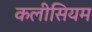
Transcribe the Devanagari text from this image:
कलीसियम